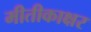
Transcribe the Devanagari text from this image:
मीतीकाक्षर